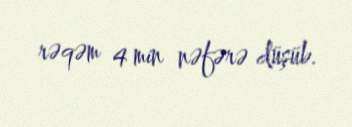
rəqəm 4 min nəfərə düşüb.